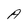
Character: A